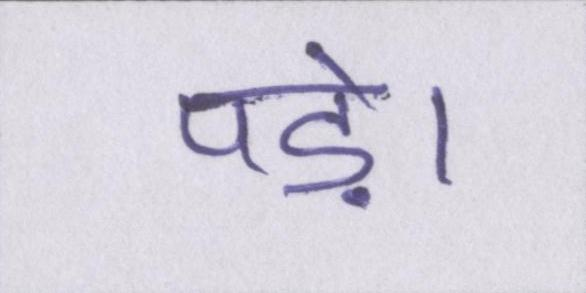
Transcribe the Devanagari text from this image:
पड़े।